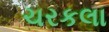
ચરકલા